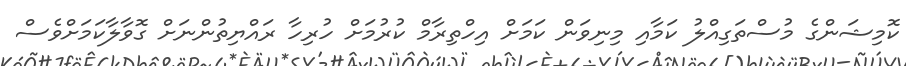
ކޮމިޝަންގެ މުސްތަގިއްލު ކަމާއި މިނިވަން ކަމަށް އިހްތިރާމް ކުރުމަށް ހުރިހާ ރައްޔިތުންނަށް ގޮވާލާކަމަށްވެސް